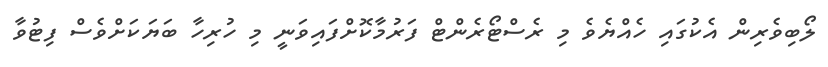
ލޯބިވެރިން އެކުގައި ހެއްޔެވެ މި ރެސްޓޯރެންޓް ފަރުމާކޮށްފައިވަނީ މި ހުރިހާ ބަޔަކަށްވެސް ފިޓުވާ